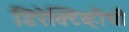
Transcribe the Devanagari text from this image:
डिरेक्टिव्हीची